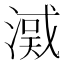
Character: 㵄